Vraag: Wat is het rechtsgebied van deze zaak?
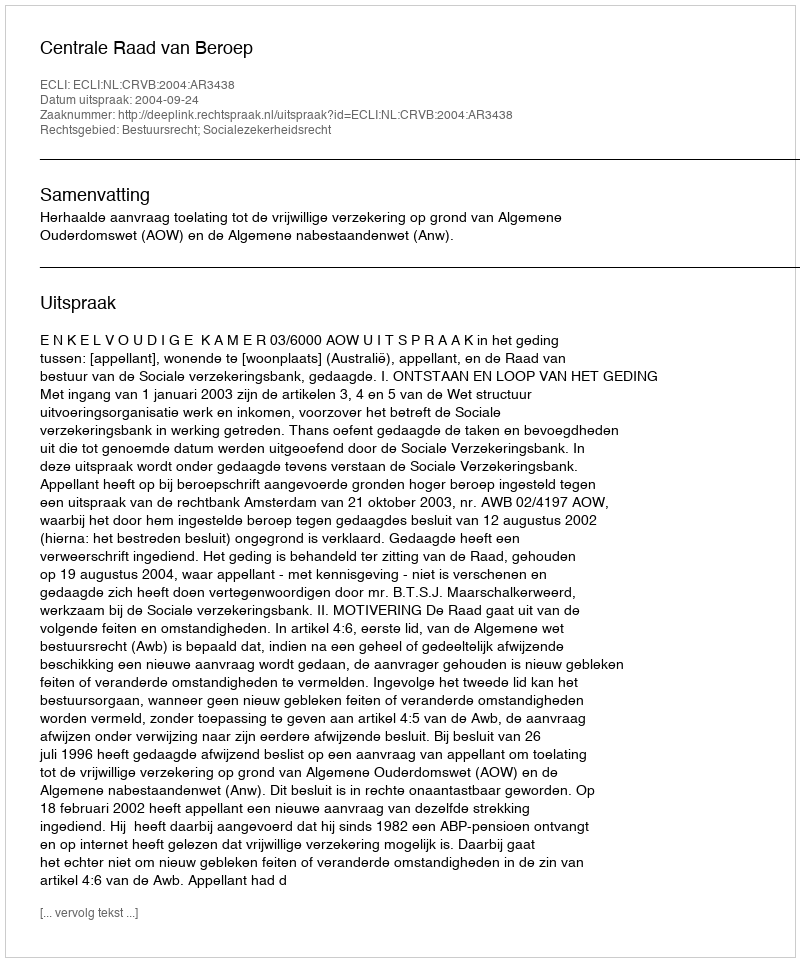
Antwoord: Bestuursrecht; Socialezekerheidsrecht